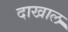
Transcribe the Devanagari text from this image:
दाखाल